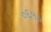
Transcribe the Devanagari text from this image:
०६१०